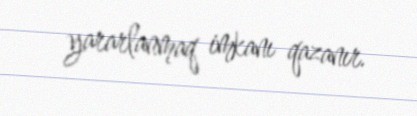
yararlanmaq imkanı qazanır.